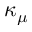
\kappa _ { \mu }